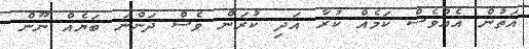
އަތުން އެއްވެސް ކަމެއް ކުރާ އަދި ކުރަން ވެސް ދަންނަ ބަޔެއް ނޫން